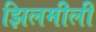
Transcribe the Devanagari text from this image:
झिलमीली